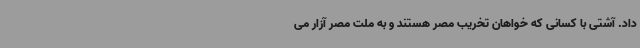
داد. آشتی با کسانی که خواهان تخریب مصر هستند و به ملت مصر آزار می